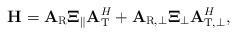
LaTeX: \begin{align*} {\bf{H}} = {{\bf{A}}_{\rm{R}}}{{\bf{\Xi }}_\parallel }{\bf{A}}_{\rm{T}}^H + {{\bf{A}}_{{\rm{R,}} \bot }}{{\bf{\Xi }}_ \bot }{\bf{A}}_{{\rm{T,}} \bot }^H,\end{align*}